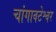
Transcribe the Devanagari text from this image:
चांगावटेश्वर